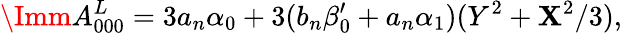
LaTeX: {\Imm}A_{000}^{L}=3a_{n}\alpha_{0}+3(b_{n}\beta_{0}^{\prime}+a_{n}\alpha_{1})(Y^{2}+\mathbf{X}^{2}/3),